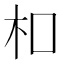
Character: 𪱳